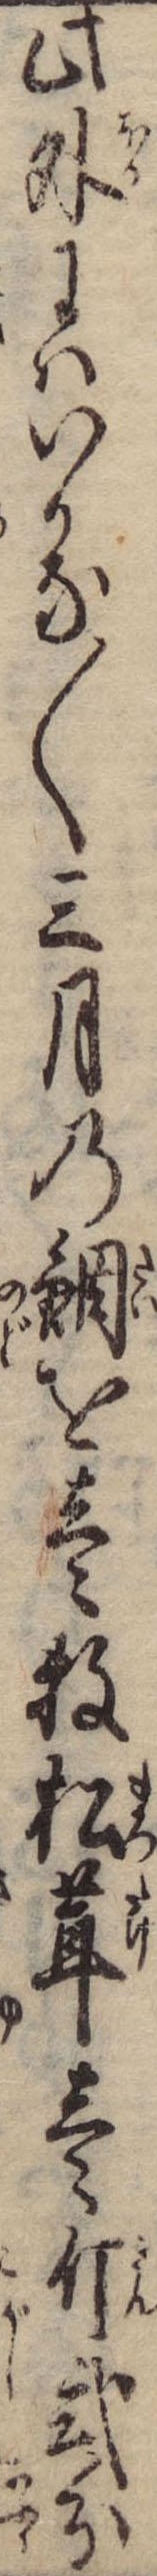
此外にはいかな〱三月の鯛を壱牧松茸壱斤弐分